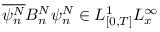
\overline { { \psi _ { n } ^ { N } } } B _ { n } ^ { N } \psi _ { n } ^ { N } \in L _ { [ 0 , T ] } ^ { 1 } L _ { x } ^ { \infty }